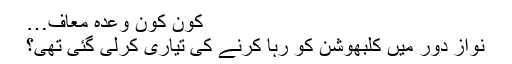
کون کون وعدہ معاف…
نواز دور میں کلبھوشن کو رہا کرنے کی تیاری کرلی گئی تھی؟